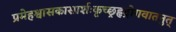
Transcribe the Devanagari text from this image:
प्रमेहश्वासकासार्शःकृच्छ्रहृद्रोगवातनुत्